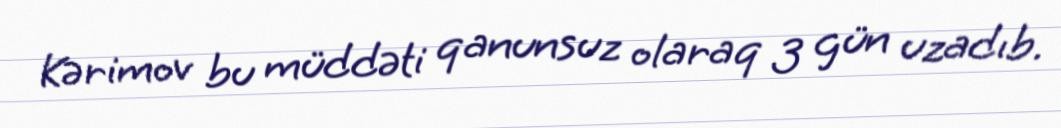
Kərimov bu müddəti qanunsuz olaraq 3 gün uzadıb.